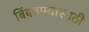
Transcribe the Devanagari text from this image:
बिंबवण्यासाठी